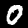
Digit: 0